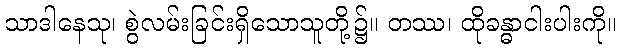
သာဒါနေသု၊ စွဲလမ်းခြင်းရှိသောသူတို့၌။ တဿ၊ ထိုခန္ဓာငါးပါးကို။